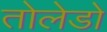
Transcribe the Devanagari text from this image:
तोलेडो